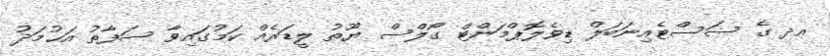
އދ ގެ ސަސްޓެއިނަބަލް ޑިވެލޮޕްމަންޓް ގޯލްސް ޔޫތު ލީޑަރެއް ކަމުގައިވާ ސަފާތު އަޙުމަދު